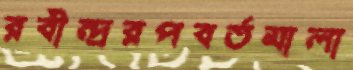
রবীন্দ্ররপবর্তমালা